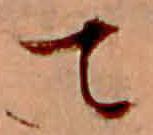
て